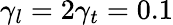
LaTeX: \gamma_{l}=2\gamma_{t}=0.1